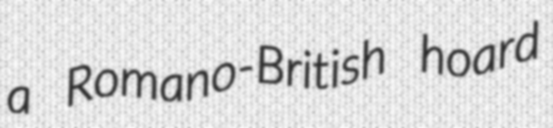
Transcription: a Romano-British hoard